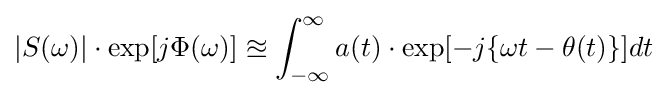
|S(\omega )|\cdot \exp[j\Phi (\omega )]\approxeq \int _{-\infty }^{\infty }a(t)\cdot \exp[-j\{\omega t-\theta (t)\}]dt